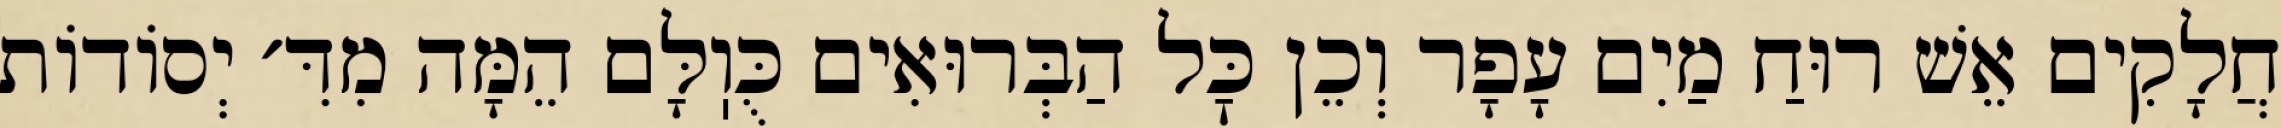
חֲלָקִים אֵשׁ רוּחַ מַיִם עָפָר וְכֵן כׇּל הַבְּרוּאִים כֻּוֽלָּם הֵמָּה מִדִּ׳ יְסוֹדוֹת